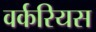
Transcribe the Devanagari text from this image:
वर्करियस